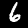
Digit: 6